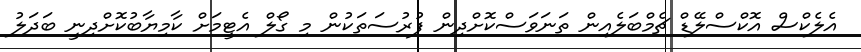
އެލެކްސް އޮކްސްލޭޑް ޗެމްބަލެއިން ތަނަވަސްކޮށްދިން ފުރުސަތަކުން މި ގޯލް އެޓީމަށް ކާމިޔާބުކޮށްދިނީ ބަދަލު